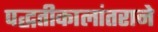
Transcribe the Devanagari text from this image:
पद्धतीकालांतराने